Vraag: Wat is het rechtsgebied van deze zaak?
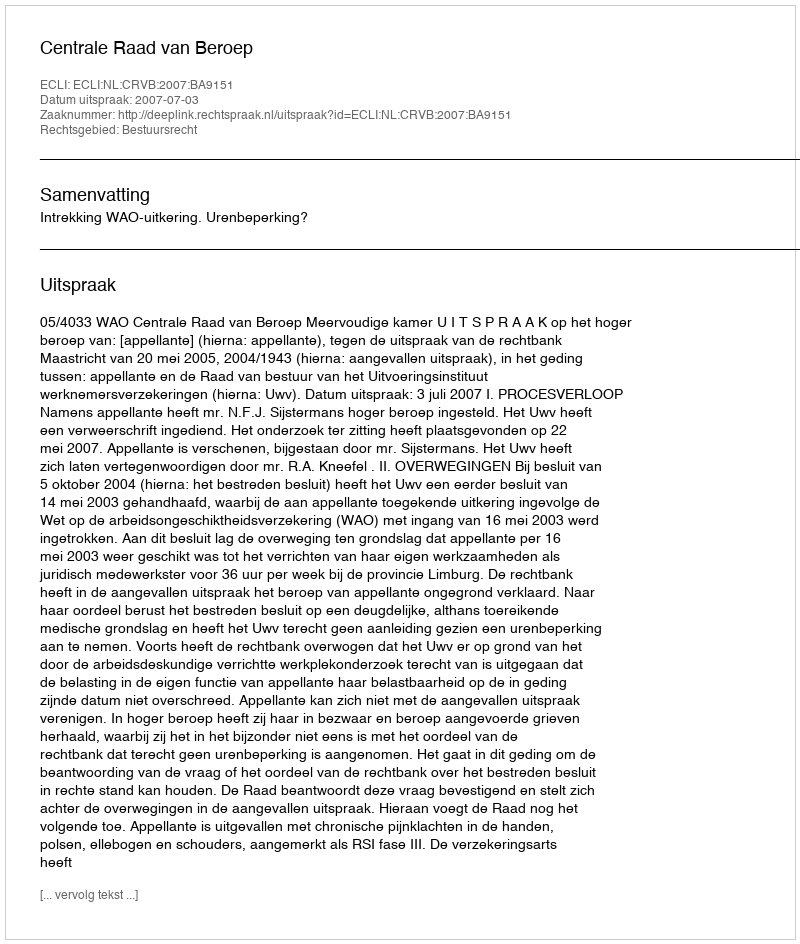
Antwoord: Bestuursrecht